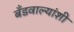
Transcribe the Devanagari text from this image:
बँडवाल्यांशी